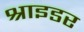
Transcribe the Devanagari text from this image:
श्राइडर